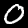
Digit: 0